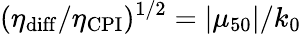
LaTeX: (\eta_{\mathrm{diff}}/\eta_{\mathrm{CPI}})^{1/2}=|\mu_{50}|/k_{0}